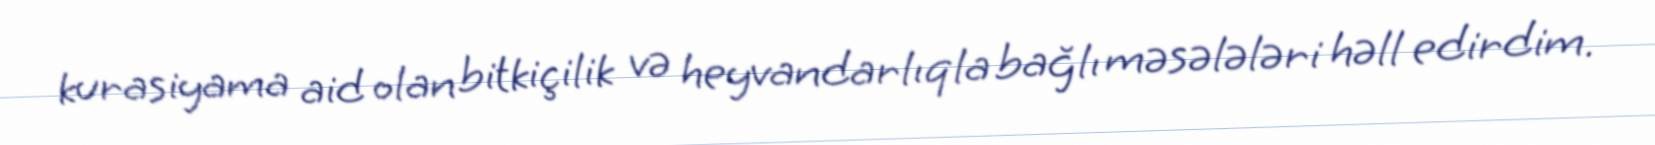
kurasiyama aid olan bitkiçilik və heyvandarlıqla bağlı məsələləri həll edirdim.